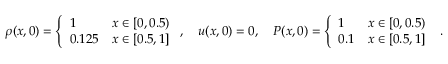
\begin{array} { r } { \rho ( x , 0 ) = \left\{ \begin{array} { l l } { 1 } & { x \in [ 0 , 0 . 5 ) } \\ { 0 . 1 2 5 } & { x \in [ 0 . 5 , 1 ] } \end{array} \right. , \quad u ( x , 0 ) = 0 , \quad P ( x , 0 ) = \left\{ \begin{array} { l l } { 1 } & { x \in [ 0 , 0 . 5 ) } \\ { 0 . 1 } & { x \in [ 0 . 5 , 1 ] } \end{array} \right. \mathrm { ~ . ~ } } \end{array}